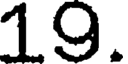
19.